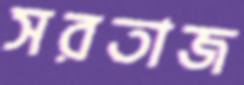
সরতাজ